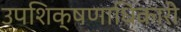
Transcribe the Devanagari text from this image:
उपशिक्षणाधिकारी